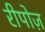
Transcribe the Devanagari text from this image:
रीपोज़